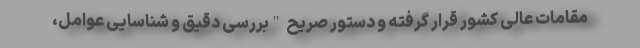
مقامات عالی کشور قرار گرفته و دستور صریح "بررسی دقیق و شناسایی عوامل،